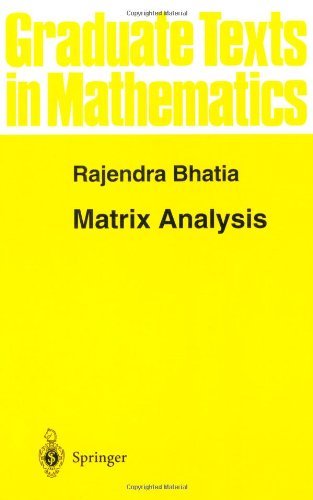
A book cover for Matrix Analysis (Graduate Texts in Mathematics); Rajendra Bhatia; Science & Math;